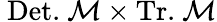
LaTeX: \ \mathrm{Det.}\ \mathcal{M}\times\mathrm{Tr.}\ \mathcal{M}